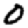
Digit: 0